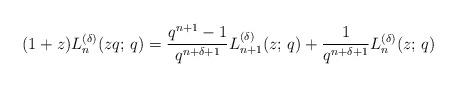
LaTeX: \begin{align*} (1+z)L_n^{(\delta)}(zq;\,q)=\frac{q^{n+1}-1}{q^{n+\delta+1}}L_{n+1}^{(\delta)}(z;\,q)+\frac{1}{q^{n+\delta+1}}L_{n}^{(\delta)}(z;\,q) \end{align*}